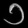
Digit: ၁